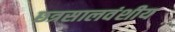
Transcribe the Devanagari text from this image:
छत्रसालवंशीय